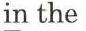
in the